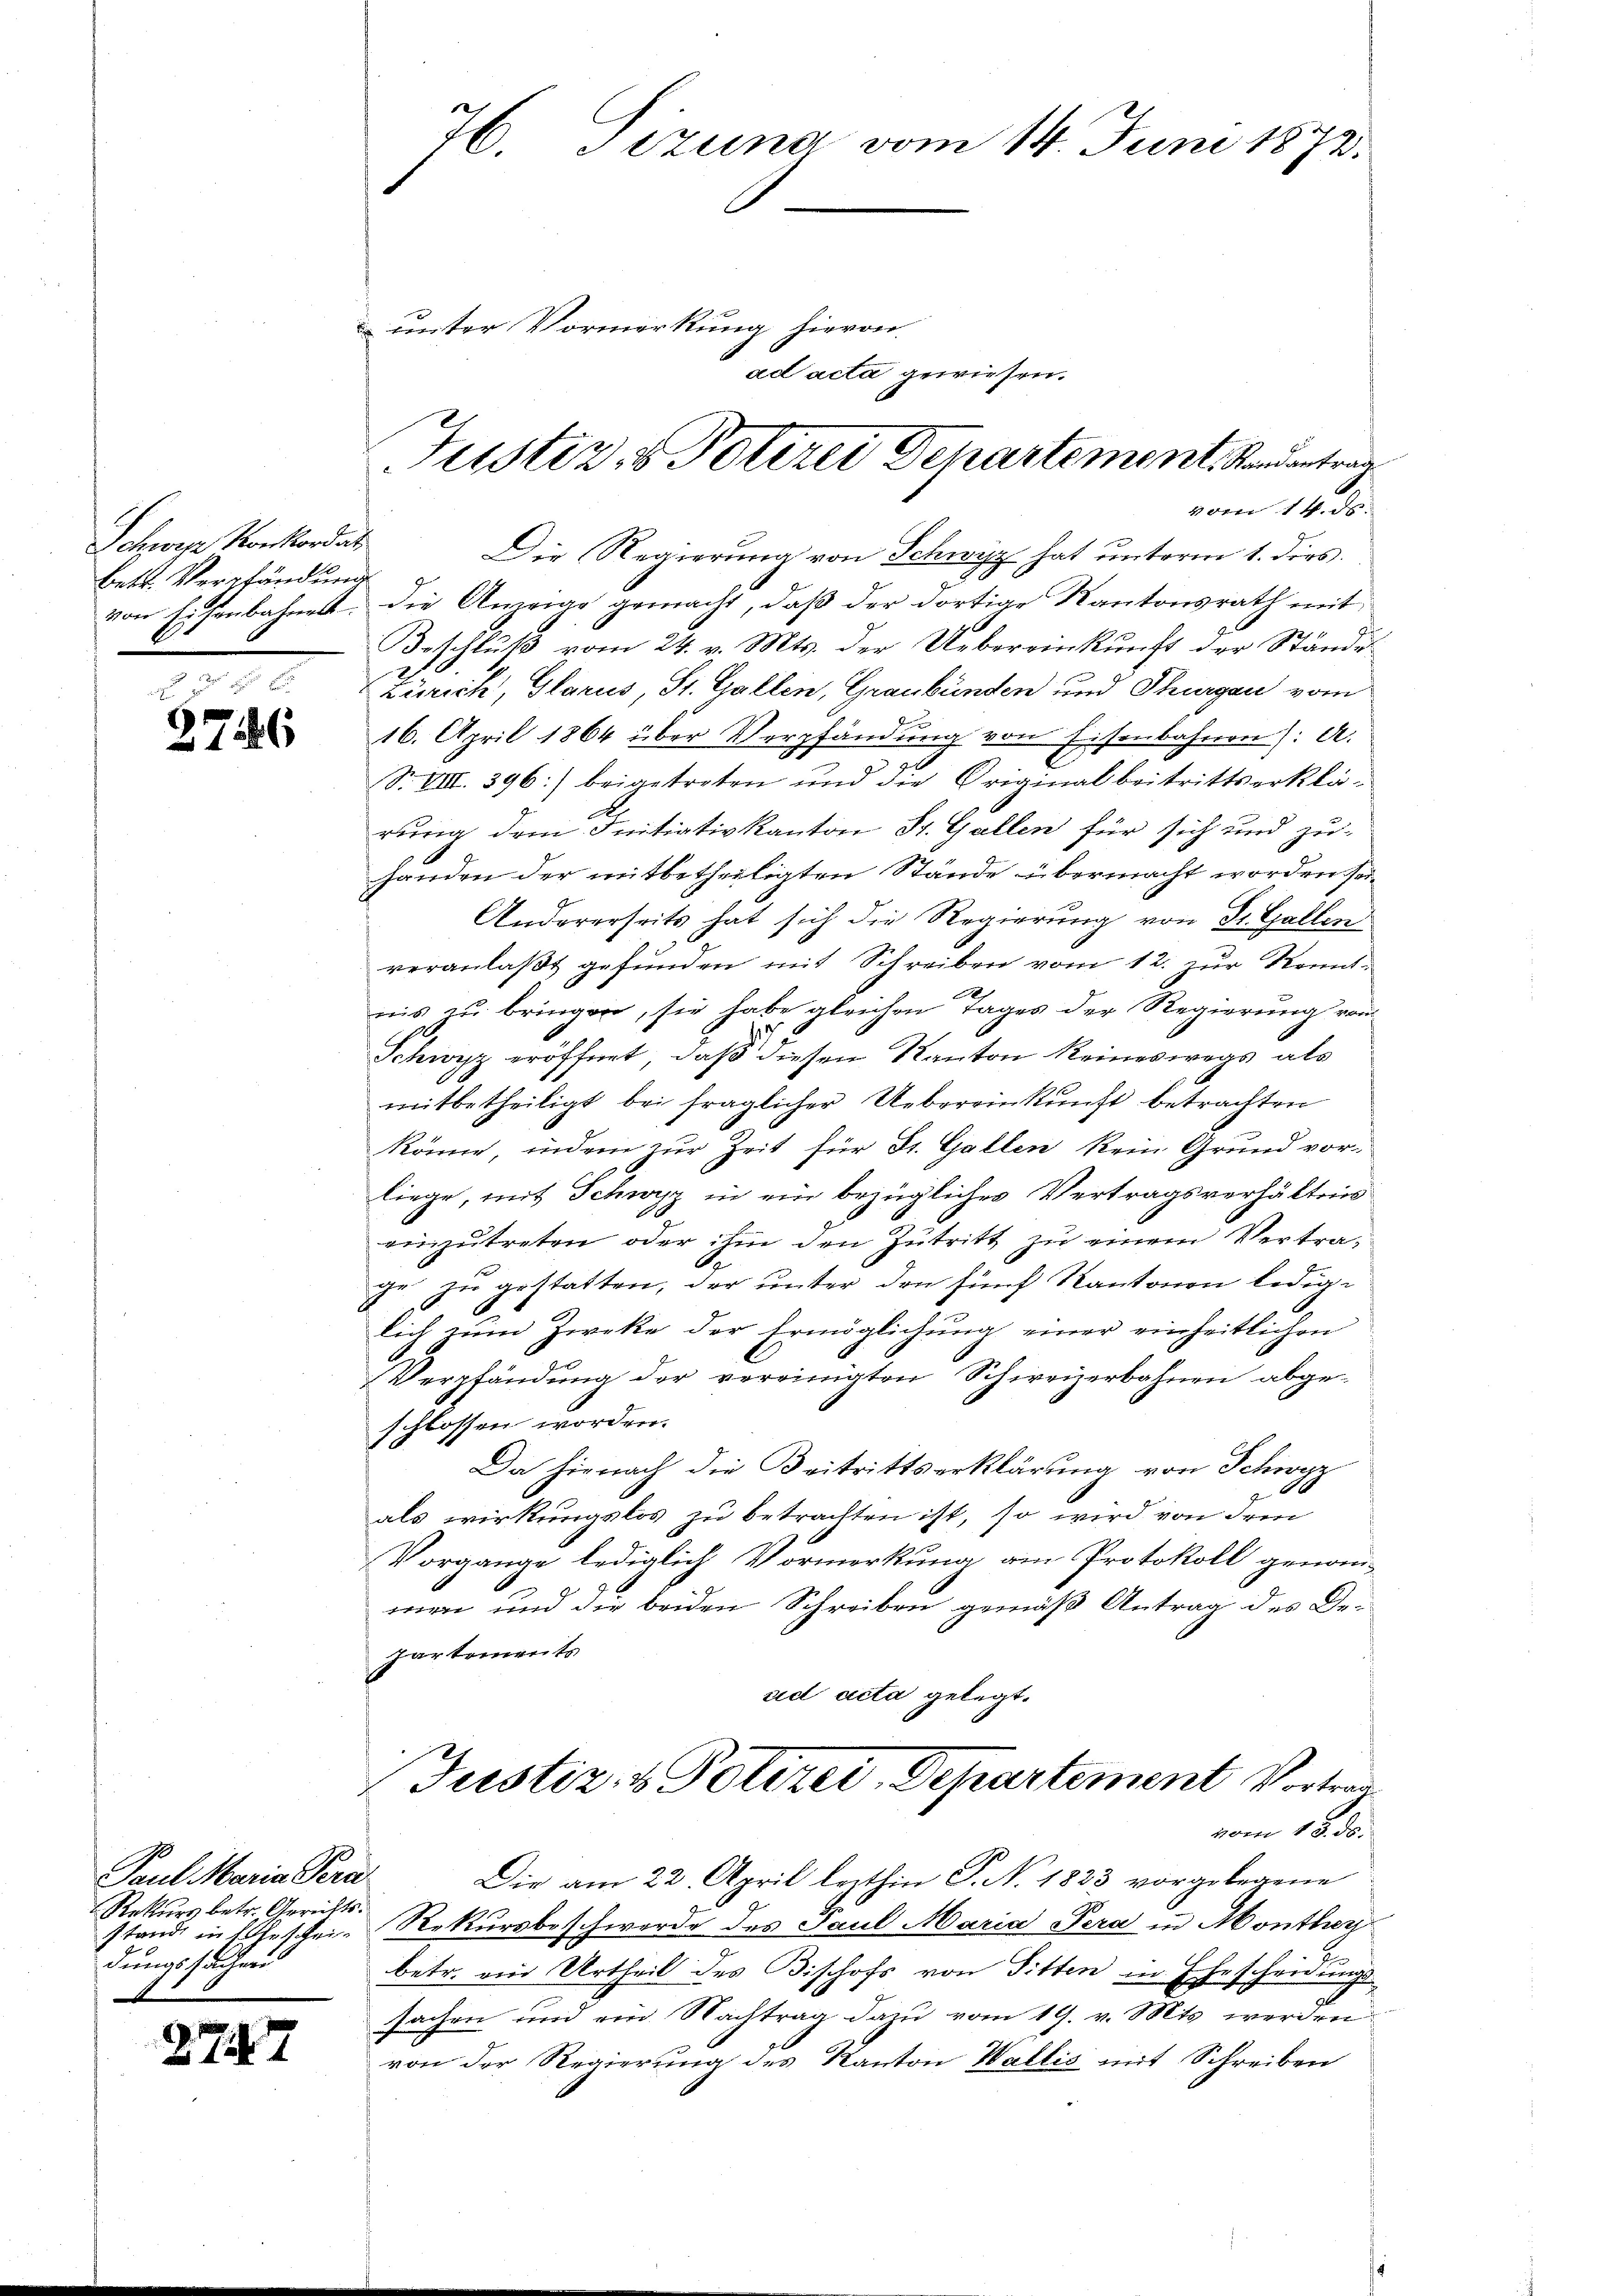
Schwere Konkordat
betr. Verpfändung

276

Paul Maria Pera
Rekurs betr. Gerichtsstände in Eheschein
dungssachen

2747

76. Pezuna vom 14. Juni 1872.
 unter Vormerkung hievon

Justiz- & Polizei Departement. Kandantrag

ad acta gewiesen.

vom 14. ds.
Die Regierung von Schwyz hat unterm 1. dies
von Eisenbahnen. Die Anzeige gemacht, daß der dortige Kantonsrath mit
Beschluß vom 24. v. Mts. der Uebereinkunft der Stände
2
Zürich, Glarus, St. Gallen, Graubünden und Thurgau vom
16. April 1864 über Verpfändung von Eisenbahnen: A.
S. VIII. 396) beigetreten und die Original beitrittserklärung dem Initiativkanton St. Gallen für sich und zu-
handen der mitbetheiligten Stände übermacht worden sei¬
Andererseits hat sich die Regierung von Dr. Gallen
veranlaβt gefŭnden mit Schreiben vom 12. zur Kenntnis zu bringen, sie habe gleichen Tages der Regierung von
Schwyz eröffnet, daß diesen Kanton keineswegs als
mitbetheiligt bei fraglicher Uebereinkunft betrachten
könne, indem zur Zeit für St. Gallen kein Grund vorliege, mit Schwyz in ein bezügliches Vertragsverhältnis
einzutreten, oder ihm den Zutritt zu einem Vertra¬
G
ge zu gestatten, der unter den fünf Kantonen lediglich zum Zweke der Ermöglichung einer einheitlichen
Verpfändung der vereinigten Schweizerbahnen abge-
schlossen worden.
Da hienach die Beitrittserklärung von Schwyz
als wirkungslos zu betrachten ist, so wird von dem
Vorgange lediglich Vormerkung am Protokoll genom-
wen und die beiden Schreiben gemäß Antrag des De¬
Partements
ad acta gelegt.
Justiz- & Polizei-Departement Vortrau
vom 18. ds.
Die am 22. April lezthin P. N. 1833 vorgelegene
Rekursbeschwerde des Paul Maria Pera in Monther
betr. ein Urtheil des Bischofs von Sitten in Ehescheidungs
sachen und ein Nachtrag dazu vom 19. v. Mts werden
von der Regierung des Kanton Wallis mit Schreiben